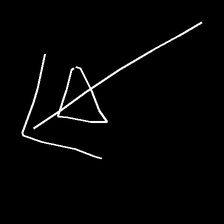
Glyph: pull